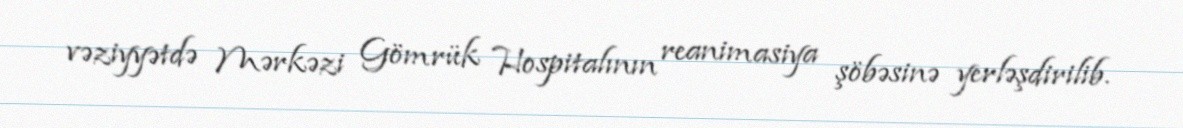
vəziyyətdə Mərkəzi Gömrük Hospitalının reanimasiya şöbəsinə yerləşdirilib.